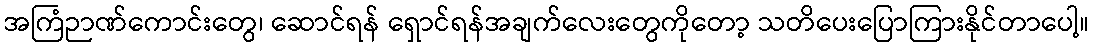
အကြံဉာဏ်ကောင်းတွေ၊ ဆောင်ရန် ရှောင်ရန်အချက်လေးတွေကိုတော့ သတိပေးပြောကြားနိုင်တာပေါ့။